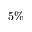
5 \%